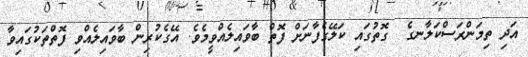
އަދި ތިމަންރަސްކަލާނގެ  ގޮތުގައި ކަލޭގެފާނަށް ފޮތް ބާވައިލެއްވީމެވެ. އޭގެކުރިން ބާވައިލެއްވި ފޮތްތަކުގައިވާ